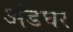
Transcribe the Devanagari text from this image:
अंडघर